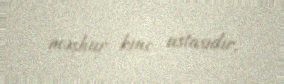
məşhur kino ustasıdır.